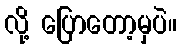
လို့ ပြောတော့မှပဲ။